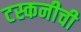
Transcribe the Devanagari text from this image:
टस्कनीची